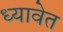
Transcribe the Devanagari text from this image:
ध्यावेत